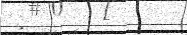
: